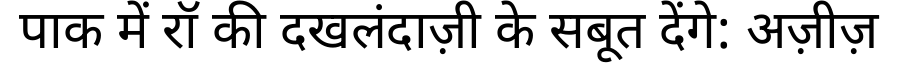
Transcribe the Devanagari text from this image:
पाक में रॉ की दखलंदाज़ी के सबूत देंगे: अज़ीज़